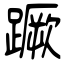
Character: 蹶